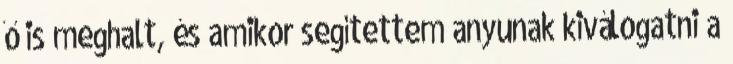
ő is meghalt, és amikor segítettem anyunak kiválogatni a